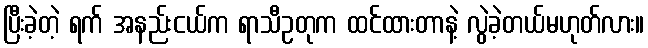
ပြီးခဲ့တဲ့ ရက် အနည်းငယ်က ရာသီဥတုက ထင်ထားတာနဲ့ လွဲခဲ့တယ်မဟုတ်လား။